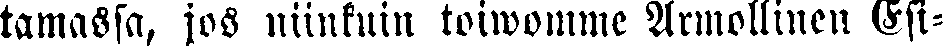
tamassa, jos niinkuin toiwomme Armollinen Esi-